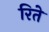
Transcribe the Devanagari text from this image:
रिते